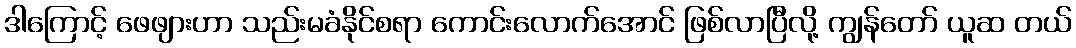
ဒါကြောင့် ဖေဖျားဟာ သည်းမခံနိုင်စရာ ကောင်းလောက်အောင် ဖြစ်လာပြီလို့ ကျွန်တော် ယူဆ တယ်